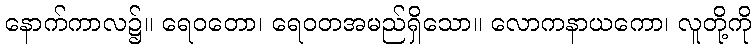
နောက်ကာလ၌။ ရေဝတော၊ ရေဝတအမည်ရှိသော။ လောကနာယကော၊ လူတို့ကို